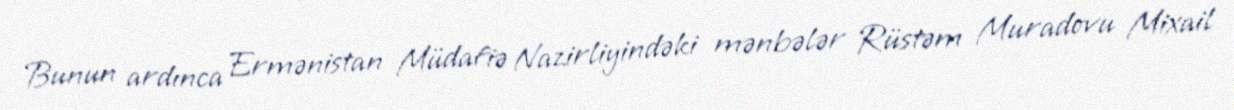
Bunun ardınca Ermənistan Müdafiə Nazirliyindəki mənbələr Rüstəm Muradovu Mixail